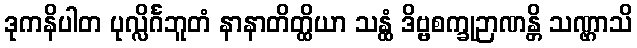
ဒုကနိပါတ ပုလ္လိင်္ဂဘူတံ နာနာတိတ္ထိယာ သန္ထံ ဒိဗ္ဗစက္ခုဉာဏန္တိ သဏ္ဌာသိ